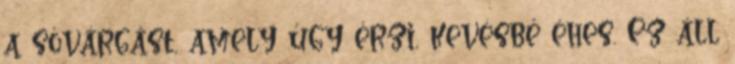
a sóvárgást, amely úgy érzi, kevésbé éhes. Ez áll